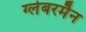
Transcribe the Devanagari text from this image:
ग्लेबरमैन